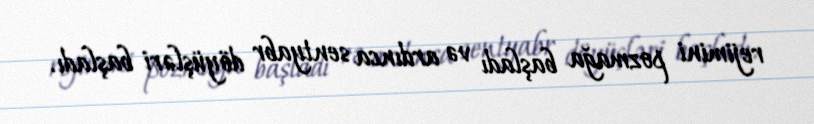
rejimini pozmağa başladı və ardınca sentyabr döyüşləri başladı.